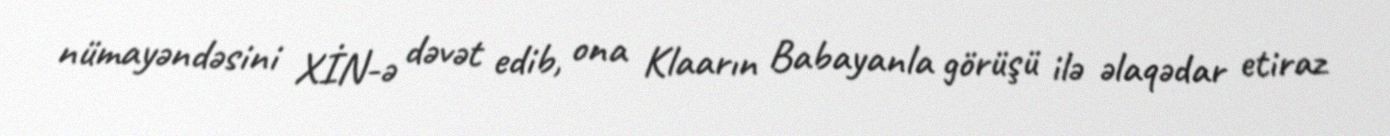
nümayəndəsini XİN-ə dəvət edib, ona Klaarın Babayanla görüşü ilə əlaqədar etiraz